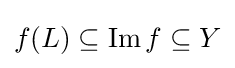
f(L)\subseteq \operatorname {Im} f\subseteq Y